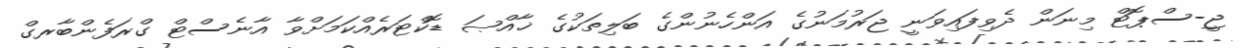
ޖީ-ސްޕޮޓް މިނަން ދެވިފައިވަނީ ޖަރުމަނުގެ އަންހެނުންގެ ބަލިތަކުގެ ޚާއްޞަ ޑޮކްޓަރެއްކަމަށްވާ އާނެސްޓް ގްރަފެންބާރގް